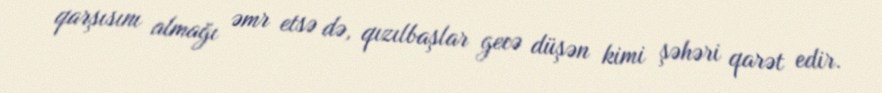
qarşısını almağı əmr etsə də, qızılbaşlar gecə düşən kimi şəhəri qarət edir.